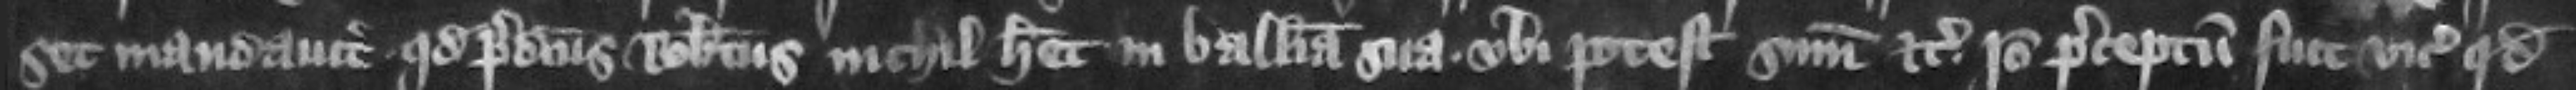
set mandauit quod predictus Robertus nichil habet in balliua sua vbi potest summoniri etc. Ideo preceptum fuit vicecomiti quod